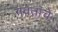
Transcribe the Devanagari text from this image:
गवतांचे